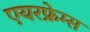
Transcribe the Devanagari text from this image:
एयरफ्रेम्स